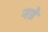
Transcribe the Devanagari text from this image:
नन्ने